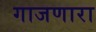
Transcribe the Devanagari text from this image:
गाजणारा